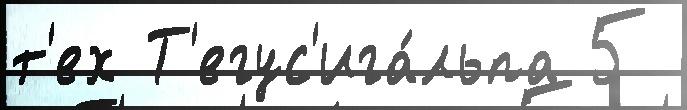
т'ех Т'егус'ига́льпа 5